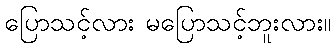
ပြောသင့်လား မပြောသင့်ဘူးလား။